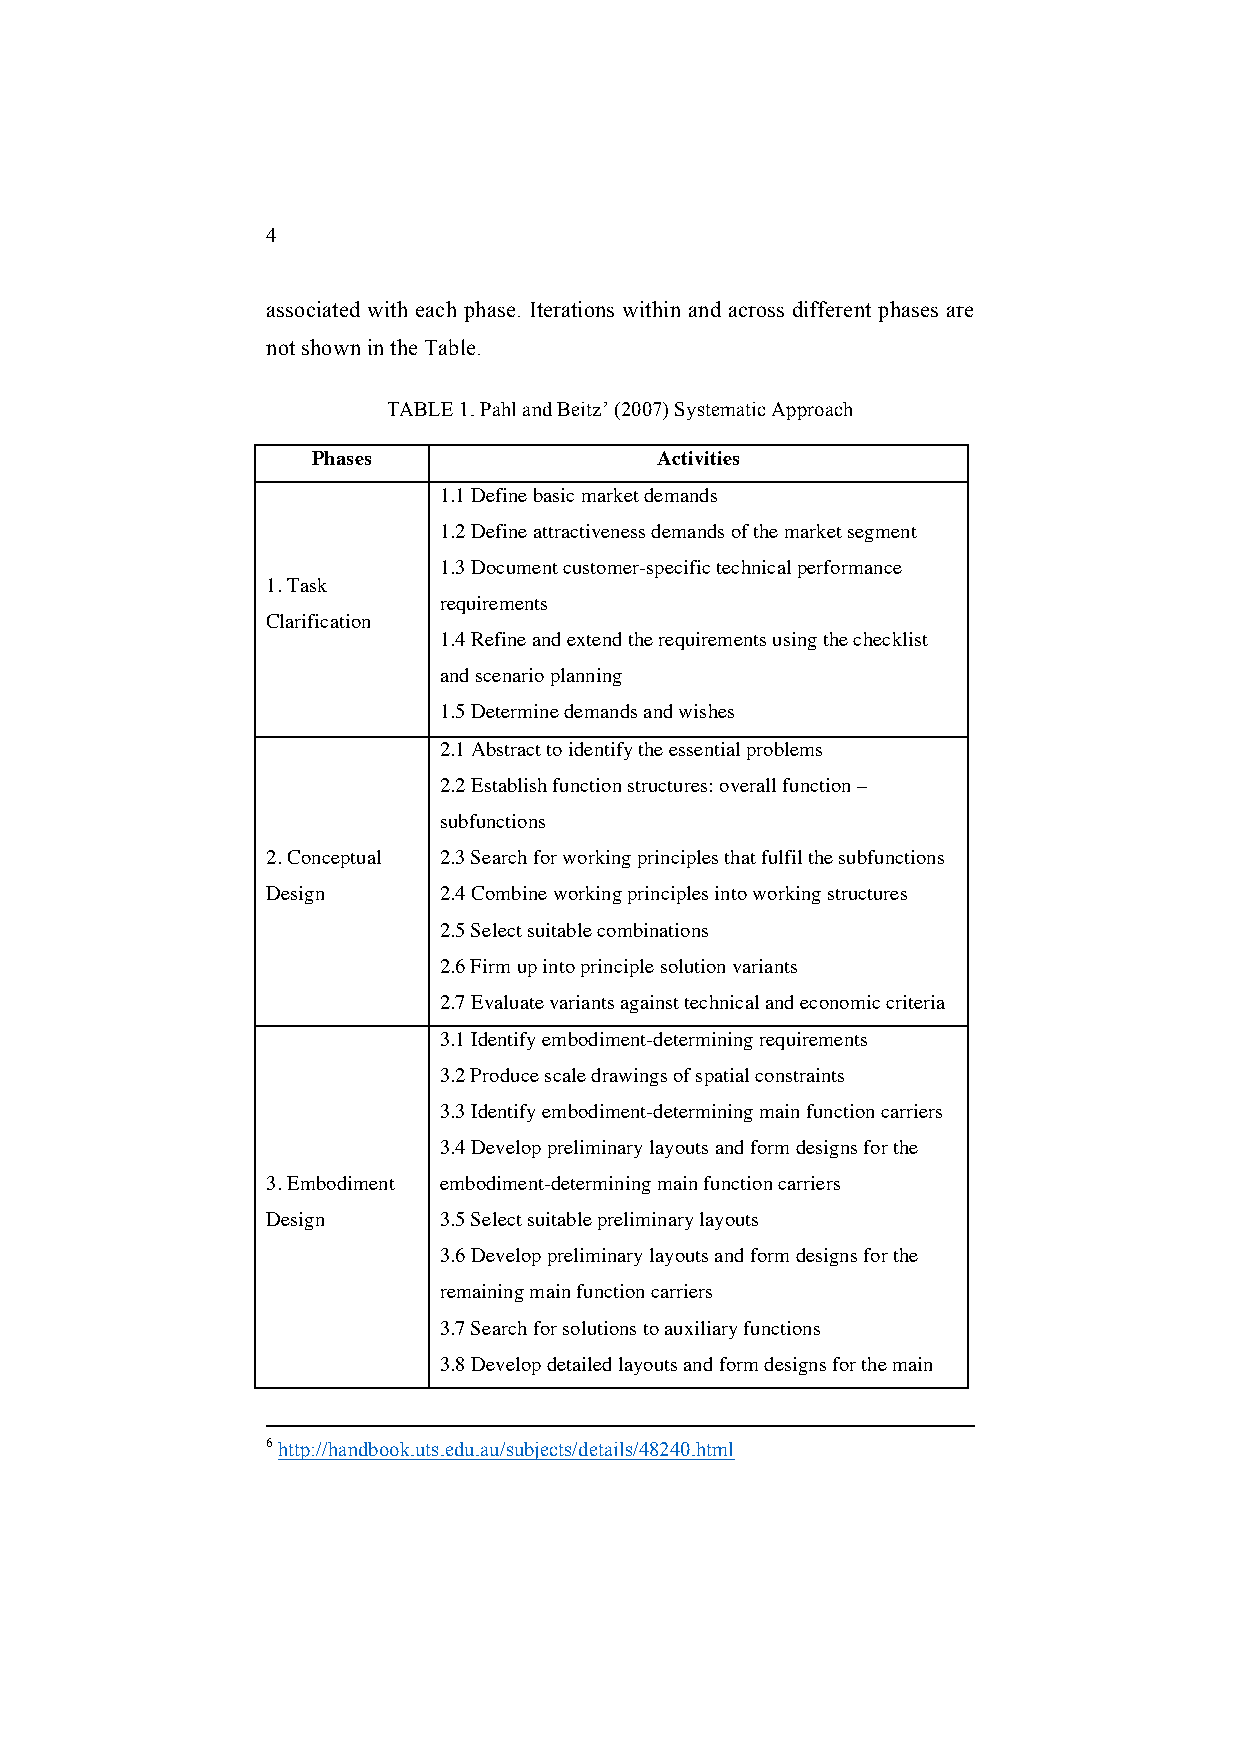
4
 associated with each phase. Iterations within and across different phases are
 not shown in the Table.
 TABLE 1. Pahl and Beitz’ (2007) Systematic Approach
 Phases                Activities
 1.1 Define basic market demands
 1.2 Define attractiveness demands of the market segment
 1.3 Document customer-specific technical performance
 1. Task
 requirements
 Clarification
 1.4 Refine and extend the requirements using the checklist
 and scenario planning
 1.5 Determine demands and wishes
 2.1 Abstract to identify the essential problems
 2.2 Establish function structures: overall function –
 subfunctions
 2. Conceptual 2.3 Search for working principles that fulfil the subfunctions
 Design     2.4 Combine working principles into working structures
 2.5 Select suitable combinations
 2.6 Firm up into principle solution variants
 2.7 Evaluate variants against technical and economic criteria
 3.1 Identify embodiment-determining requirements
 3.2 Produce scale drawings of spatial constraints
 3.3 Identify embodiment-determining main function carriers
 3.4 Develop preliminary layouts and form designs for the
 3. Embodiment embodiment-determining main function carriers
 Design     3.5 Select suitable preliminary layouts
 3.6 Develop preliminary layouts and form designs for the
 remaining main function carriers
 3.7 Search for solutions to auxiliary functions
 3.8 Develop detailed layouts and form designs for the main
 6 http://handbook.uts.edu.au/subjects/details/48240.html